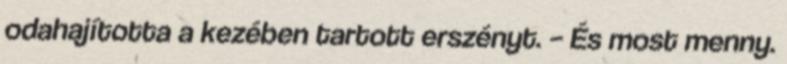
odahajította a kezében tartott erszényt. – És most menny.